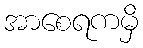
အာစေရကမှိ